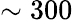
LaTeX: \sim 300